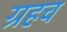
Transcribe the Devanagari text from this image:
ग्रहच